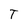
Character: T